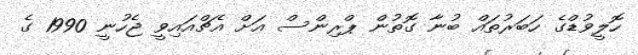
ހޮލީވުޑްގެ ހަބަރުތައް ބުނާ ގޮތުން ޕްރިންސް އަށް އެޗްއައިވީ ޖެހުނީ 1990 ގެ